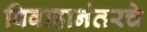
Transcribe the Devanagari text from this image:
विवाहानंतरचे